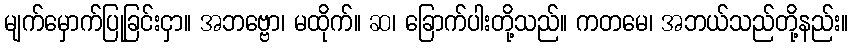
မျက်မှောက်ပြုခြင်းငှာ။ အဘဗ္ဗော၊ မထိုက်။ ဆ၊ ခြောက်ပါးတို့သည်။ ကတမေ၊ အဘယ်သည်တို့နည်း။